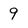
Character: 9